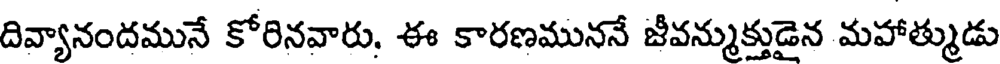
దివ్యానందమునే కోరినవారు, ఈ కారణముననే జీవన్ముక్తుడైన మహాత్ముడు